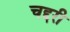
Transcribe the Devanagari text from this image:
चद्दरी